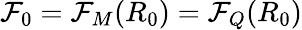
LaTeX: \mathcal{F}_{0}=\mathcal{F}_{M}(R_{0})=\mathcal{F}_{Q}(R_{0})